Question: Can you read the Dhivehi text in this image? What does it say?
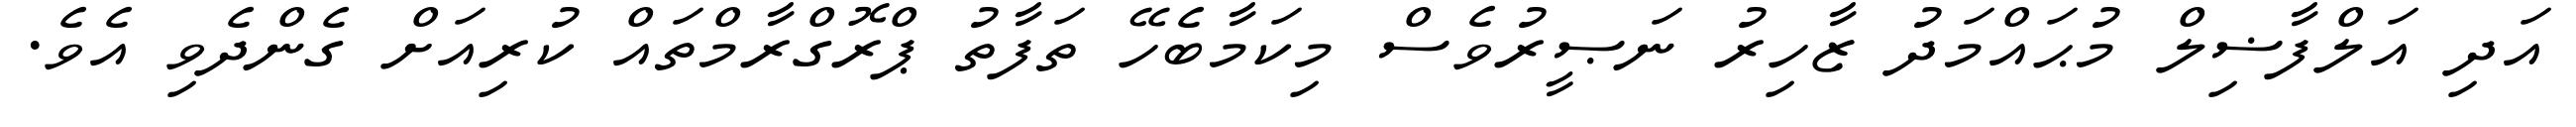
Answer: އަދި އަލްފާޟިލް މުޙައްމަދު ޒާހިރު ނަޞީރުވެސް މިކަމާބެހޭ ތަފާތު ޕްރޮގްރާމްތައް ކުރިއަށް ގެންދެވި އެވެ.